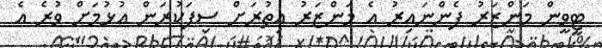
ޓީވީން މަންޒަރު ފެންނައިރު އެ މަންޒަރު އިތުރަށް ސިފަކުރަން އުޅުމަށް ވުރެ އެ